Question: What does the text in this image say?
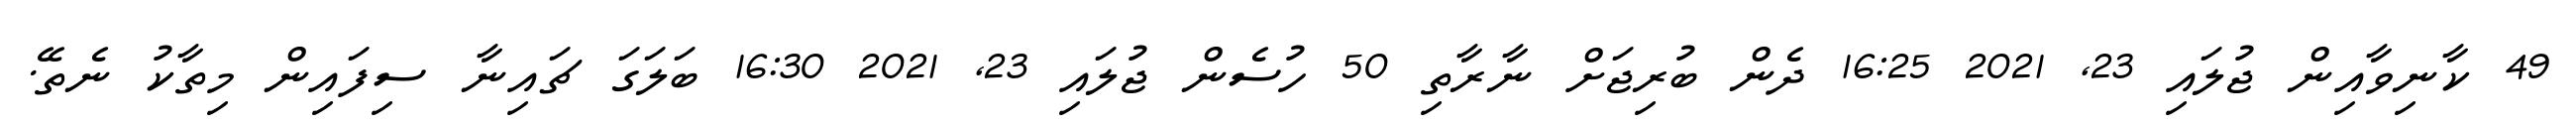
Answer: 49 ކާނިވާއިން ޖުލައި 23, 2021 16:25 ދެން ބުރިޖަށް ނާރާތި 50 ހުސެން ޖުލައި 23, 2021 16:30 ބަލަގަ ޗައިނާ ސިފައިން މިތާކު ނެތޭ.